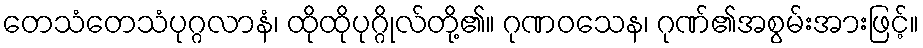
တေသံတေသံပုဂ္ဂလာနံ၊ ထိုထိုပုဂ္ဂိုလ်တို့၏။ ဂုဏဝသေန၊ ဂုဏ်၏အစွမ်းအားဖြင့်။